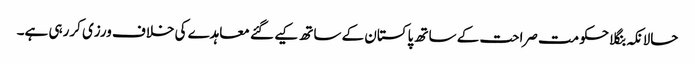
حالانکہ بنگلا حکومت صراحت کے ساتھ پاکستان کے ساتھ کیے گئے معاہدے کی خلاف ورزی کررہی ہے۔